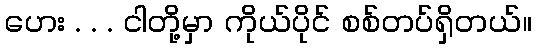
ဟေး . . . ငါတို့မှာ ကိုယ်ပိုင် စစ်တပ်ရှိတယ်။